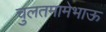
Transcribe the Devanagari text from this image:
चुलतमामेभाऊ